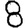
Digit: 8